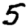
Digit: 5